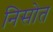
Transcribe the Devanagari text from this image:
निसोत